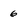
Character: 6